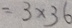
= 3 \times 3 6